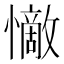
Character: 𭟗